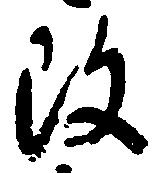
改